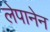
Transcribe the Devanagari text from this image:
लेपानेन